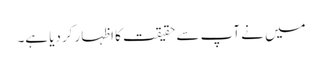
میں نے آپ سے حقیقت کا اظہار کردیا ہے۔